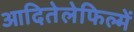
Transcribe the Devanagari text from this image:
आदितेलेफिल्में